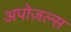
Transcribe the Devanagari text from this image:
अपोज़ल्स